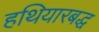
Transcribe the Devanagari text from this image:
हथियारबद्ध